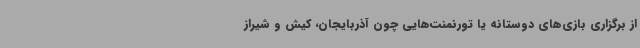
از برگزاری بازی‌های دوستانه یا تورنمنت‌هایی چون آذربایجان، کیش و شیراز